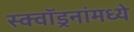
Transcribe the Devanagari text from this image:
स्क्वॉड्रनांमध्ये